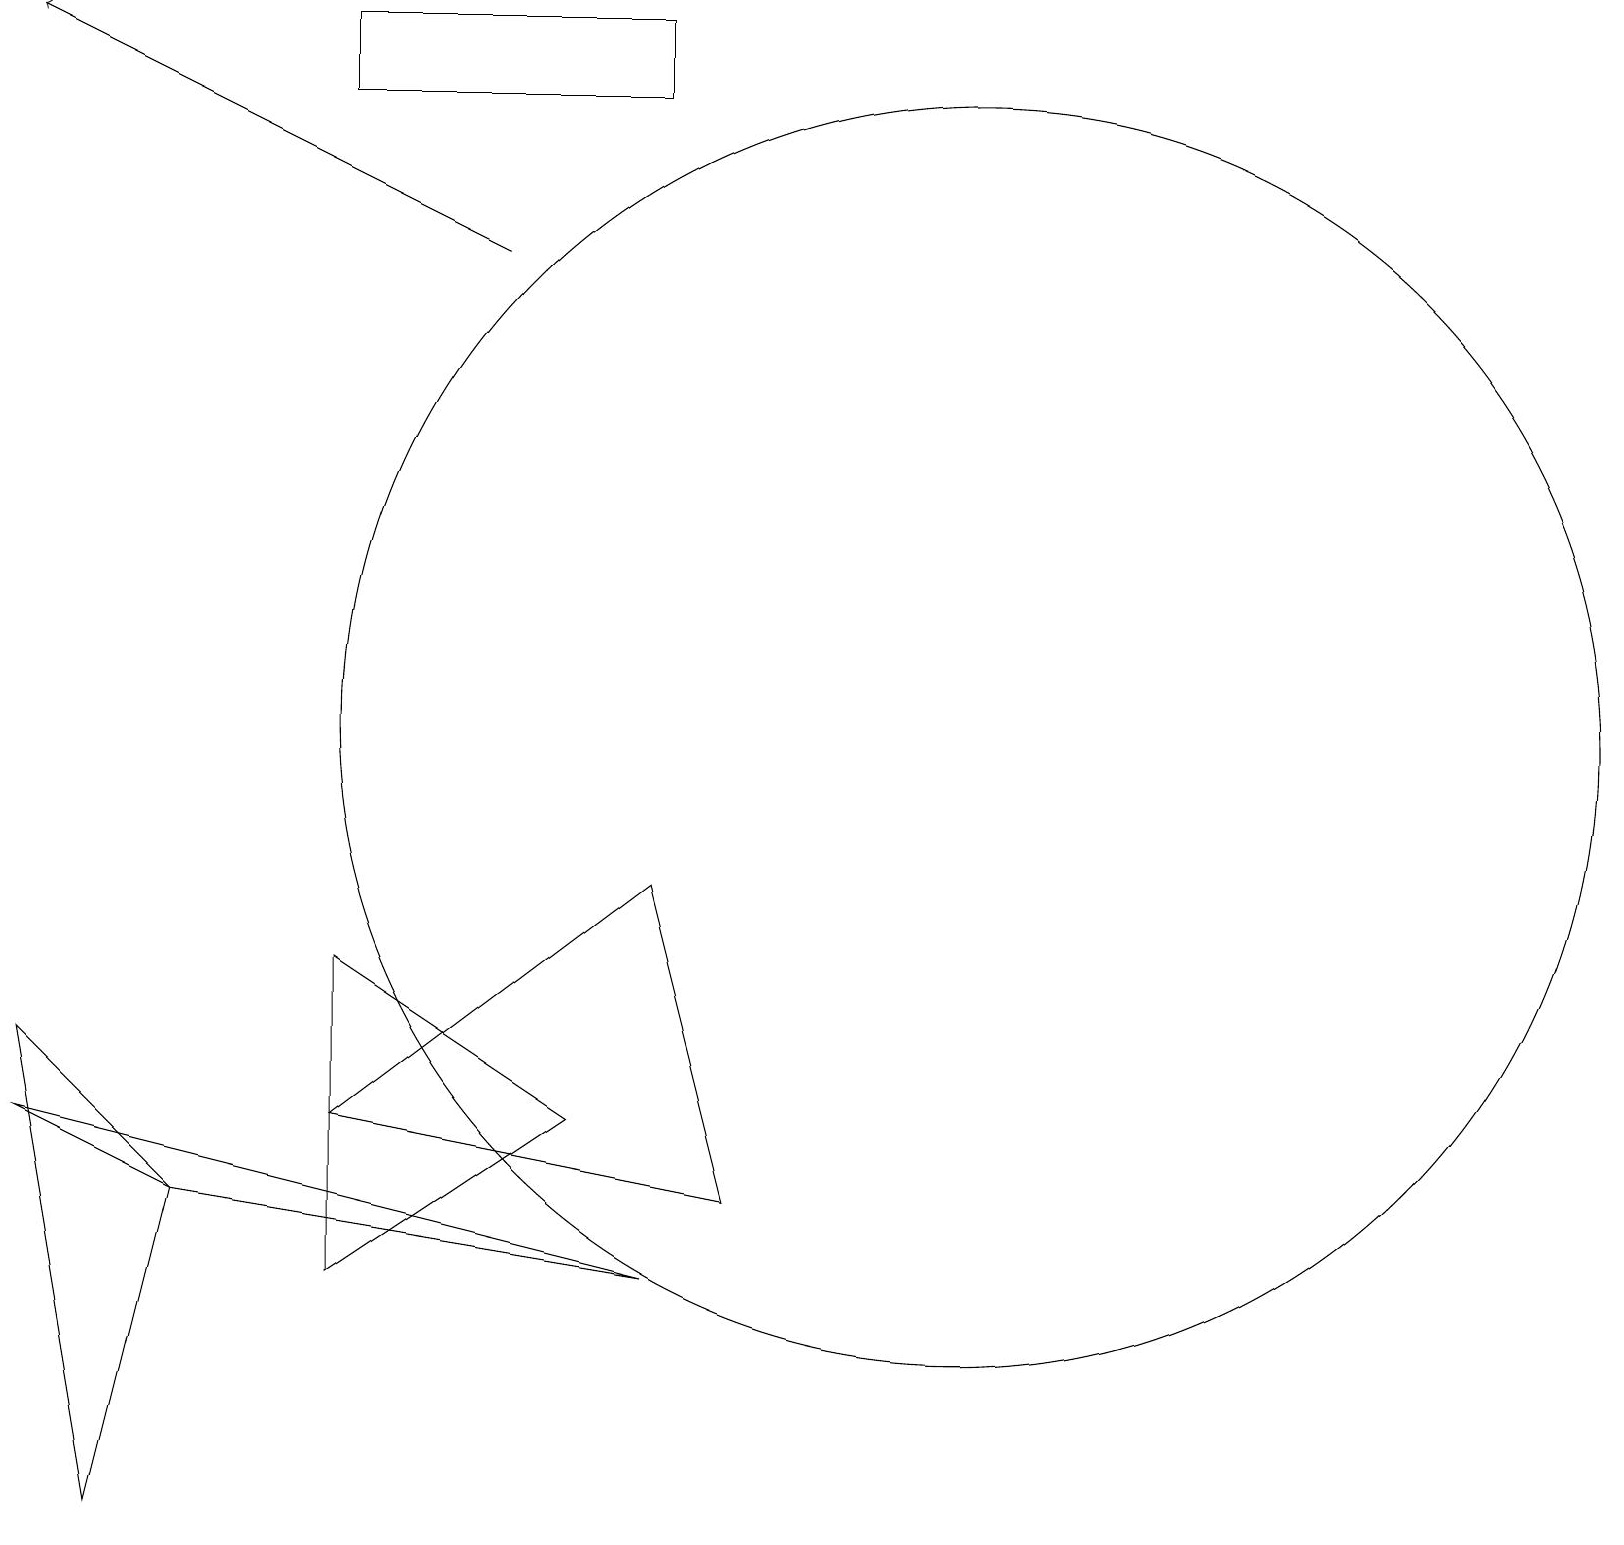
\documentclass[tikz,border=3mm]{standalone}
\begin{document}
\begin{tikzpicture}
\draw (7,5) -- (4,7) -- (4,3) -- cycle;
\draw (12,10) circle (8);
\draw (0,5) -- (2,4) -- (8,3) -- cycle;
\draw (2,4) -- (0,6) -- (1,0) -- cycle;
\draw (8,18) rectangle (4,19);
\draw[->] (6,16) -- (0,19);
\draw (4,5) -- (8,8) -- (9,4) -- cycle;
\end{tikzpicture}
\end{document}